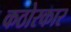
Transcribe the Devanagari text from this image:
कठोरकार